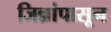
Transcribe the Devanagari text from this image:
जिन्नांपासून